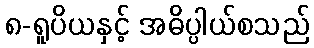
၈-ရူပိယနှင့် အဓိပ္ပါယ်စသည်